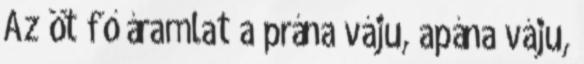
Az öt fő áramlat a prána váju, apána váju,